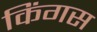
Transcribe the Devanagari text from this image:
किंगस